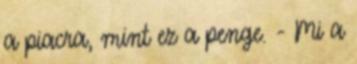
a piacra, mint ez a penge. - Mi a